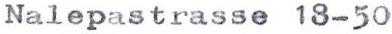
Nalepastrasse 18-50